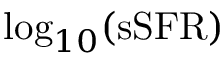
\log _ { 1 0 } ( \mathrm { s S F R } )